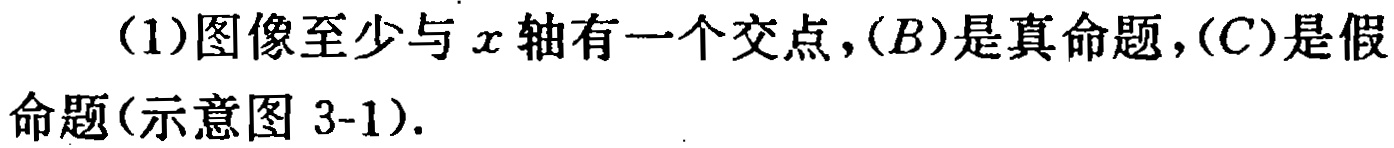
(1)图像至少与\(x\)轴有一个交点，\((B)\)是真命题，\((C)\)是假命题(示意图 3-1).